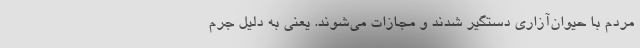
مردم با حیوان‌آزاری دستگیر شدند و مجازات می‌شوند. یعنی به دلیل جرم